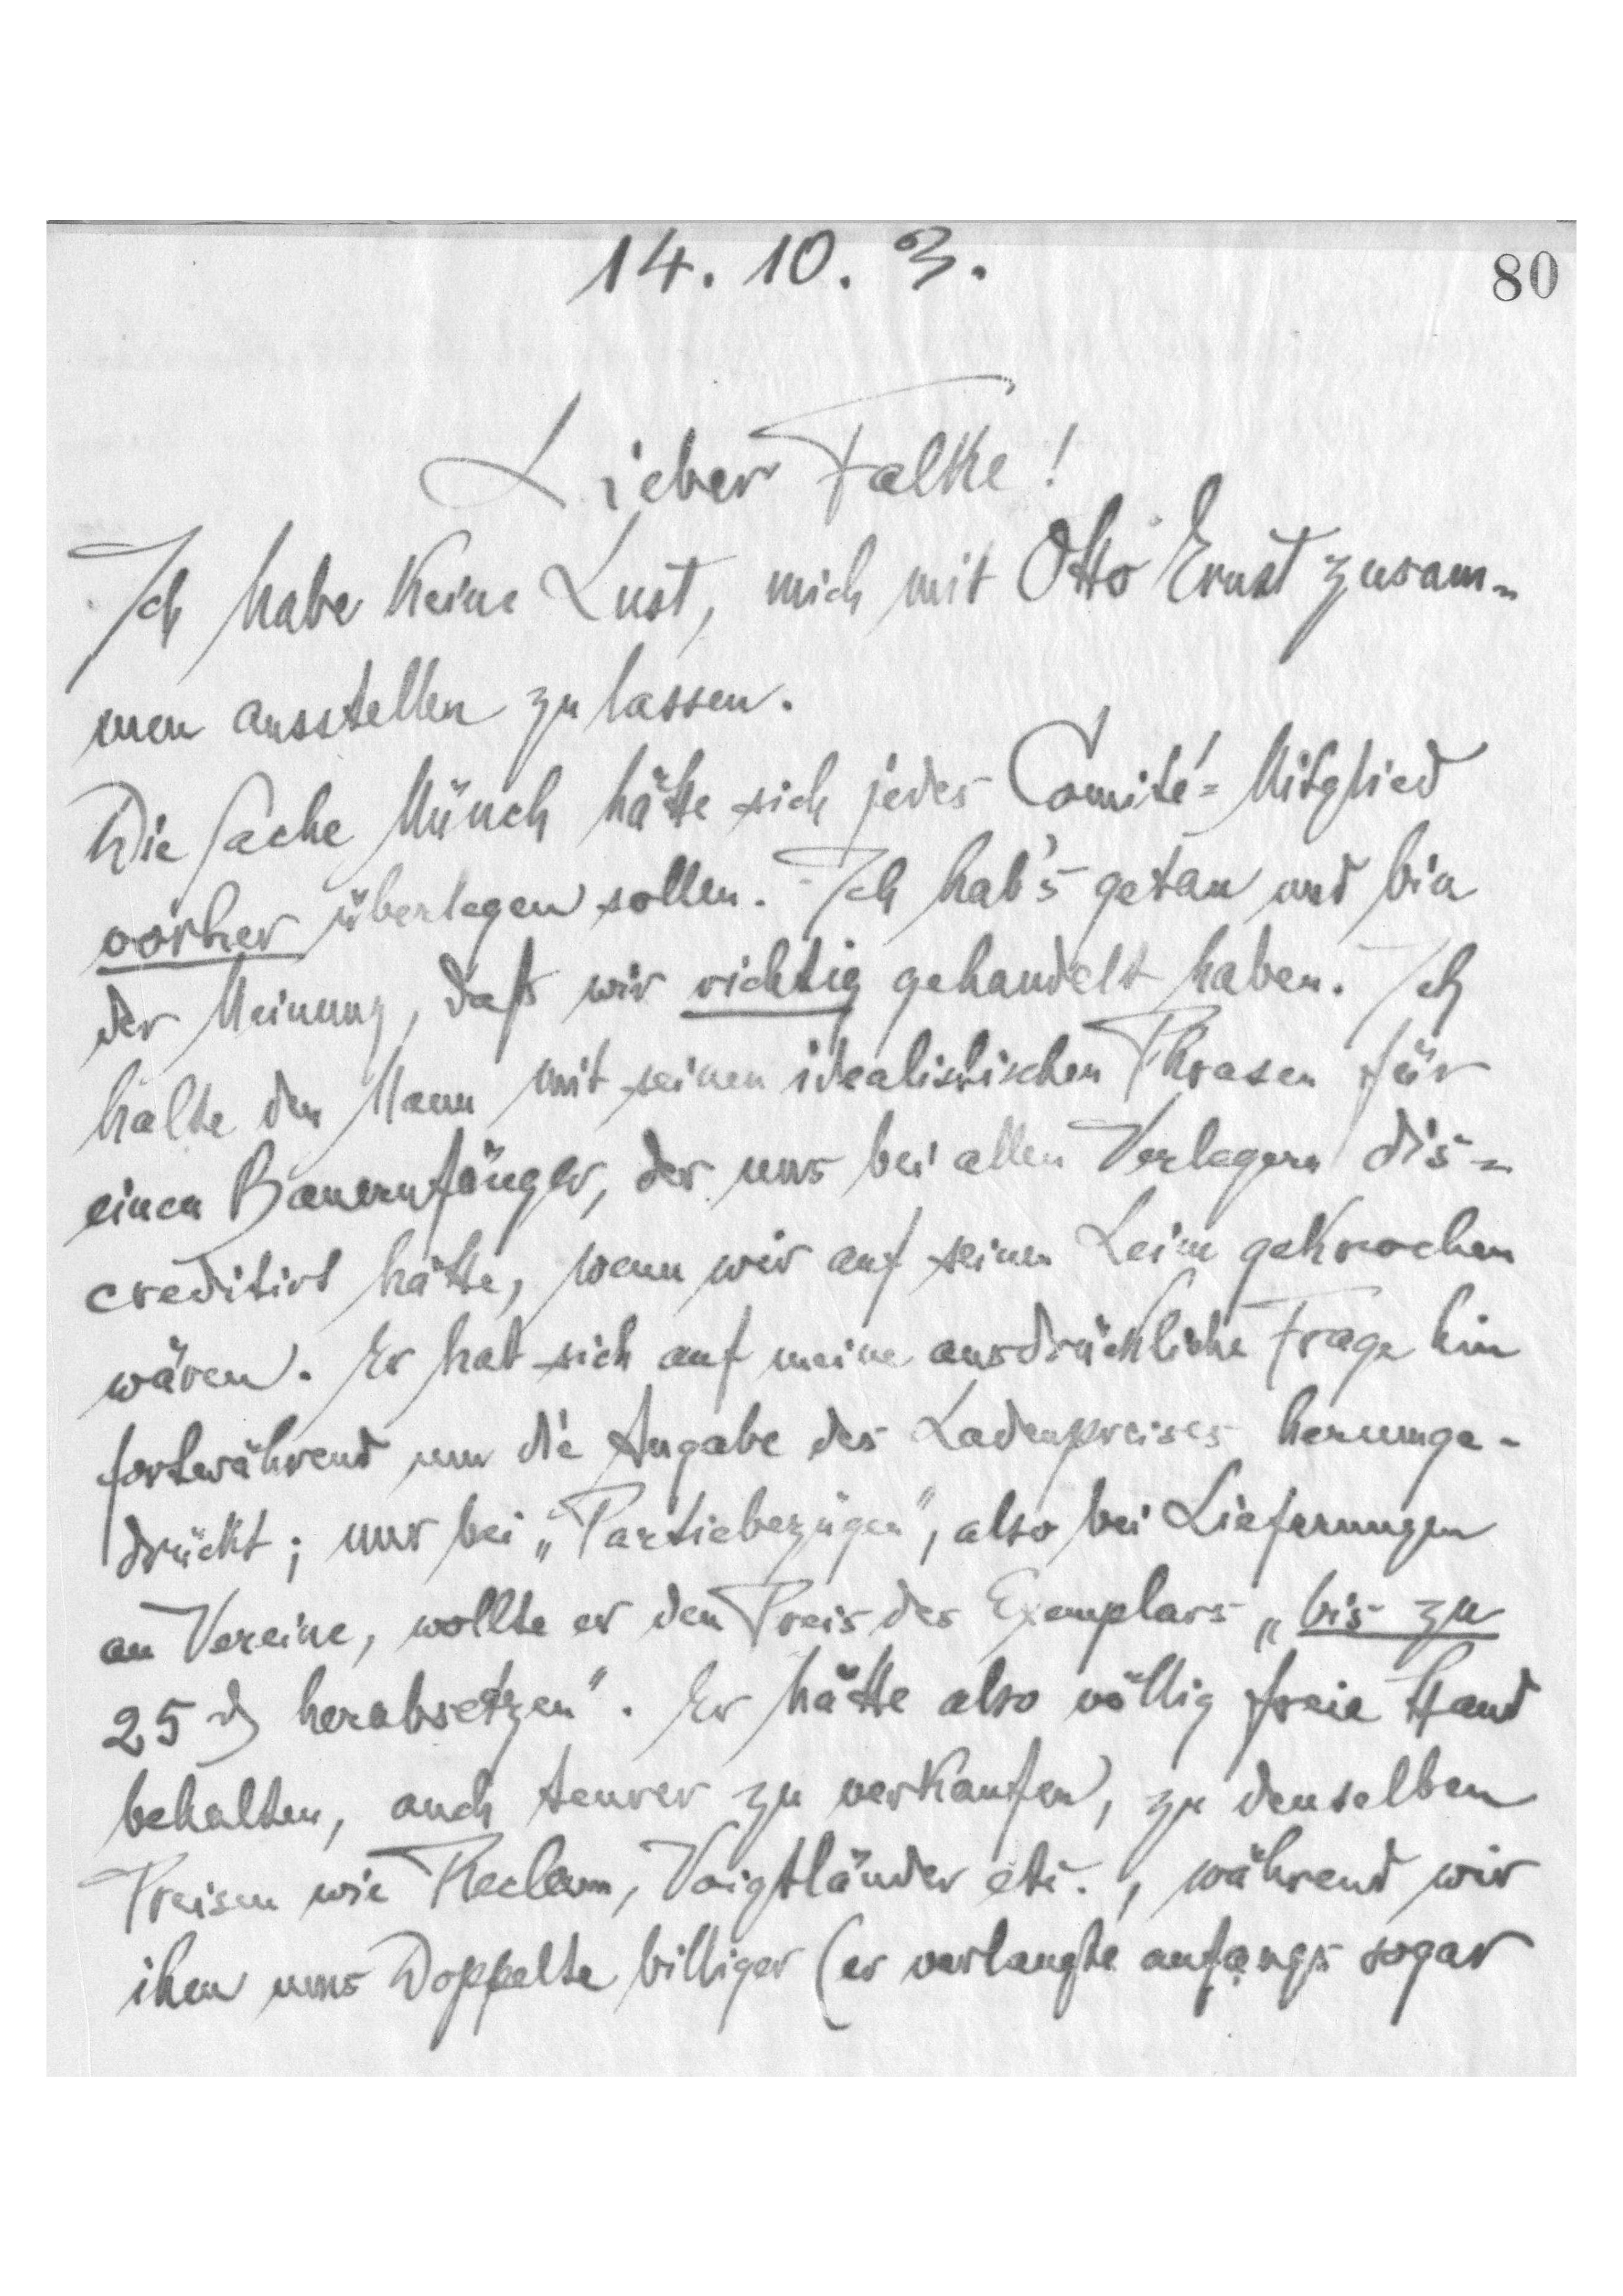
14.10.3
80
Lieber Falke!
Ich habe keine Lust, mich mit Otto Ernst zusam-
men ausstellen zu lassen.
Die Sache Münch. hätte siches Comité-Mitglied
vorher überlegen sollen. Ich hab's getan und bin
der Meinung, daß mir richtig gehandelt haben. Ich
halte den Mann mit seinem idealistischen Phrasen für
einen Bauernfänger, der uns bei allen Verlagen dic-
creditirt hätte, wenn wir auf seinem Leim gekrochen
wären. Er hat sich auf meine ausdrückliche Frage hin
fortwährend um die Angabe des Ladenpreises herzmge-
drückt; wollte er den Preis des Exemplars „bis zu
25 G herabsetzen”. Er hätte also völlig freie Hand
behalten, auch teurer zu verkaufen, zu denselben
Preisen wie Reclam, Voigtländer etc., während wir
ihm ums Doppelte billiger (er verlangte anfangs sogar